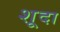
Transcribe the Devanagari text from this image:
शूदा